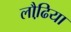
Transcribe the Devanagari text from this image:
लौढि़या